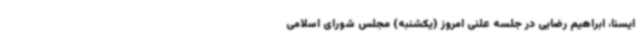
ایسنا، ابراهیم رضایی در جلسه علنی امروز (یکشنبه) مجلس شورای اسلامی